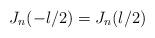
LaTeX: \begin{align*} J_n(-l/2) = J_n(l/2) \end{align*}